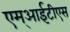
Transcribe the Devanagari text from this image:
एम्आईटीएस